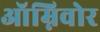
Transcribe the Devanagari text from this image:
ऑम्निवोर